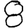
Digit: 8